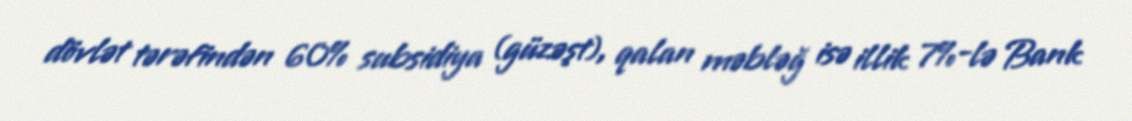
dövlət tərəfindən 60% subsidiya (güzəşt), qalan məbləğ isə illik 7%-lə Bank